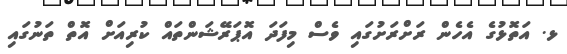
ޅ. އަތޮޅުގެ އެހެން ރަށްރަށުގައި ވެސް މިފަދަ އޮޕަރޭޝަންތައް ކުރިއަށް އޮތް ތަނުގައި